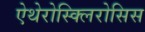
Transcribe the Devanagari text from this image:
ऐथेरोस्क्लिरोसिस